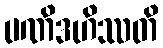
ပဏိဒဟိဿတိ